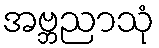
အဗ္ဘညာသုံ